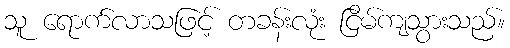
သူ ရောက်လာသဖြင့် တခန်းလုံး ငြိမ်ကျသွားသည်။